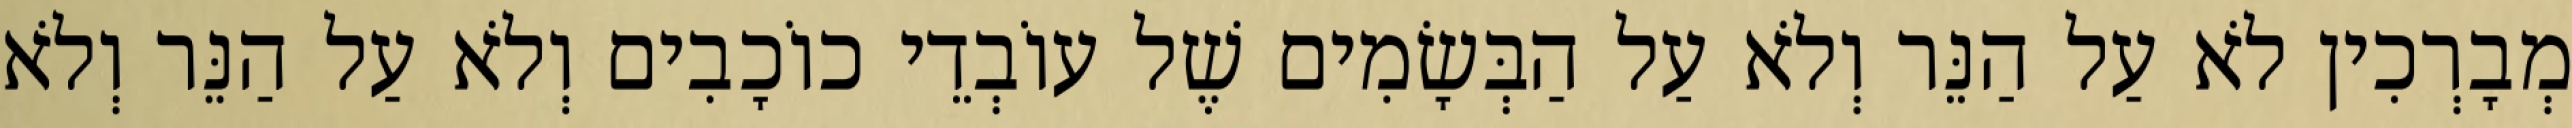
מְבָרְכִין לֹא עַל הַנֵּר וְלֹא עַל הַבְּשָׂמִים שֶׁל עוֹבְדֵי כוֹכָבִים וְלֹא עַל הַנֵּר וְלֹא